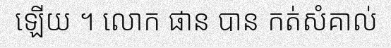
ឡើយ ។ លោក ផាន បាន កត់សំគាល់